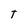
Character: T